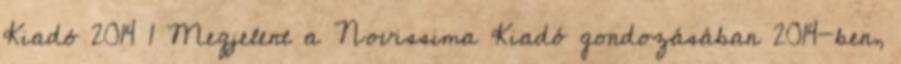
Kiadó 2014 1 Megjelent a Novissima Kiadó gondozásában 2014-ben,